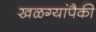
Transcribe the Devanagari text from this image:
खळग्यांपैकी